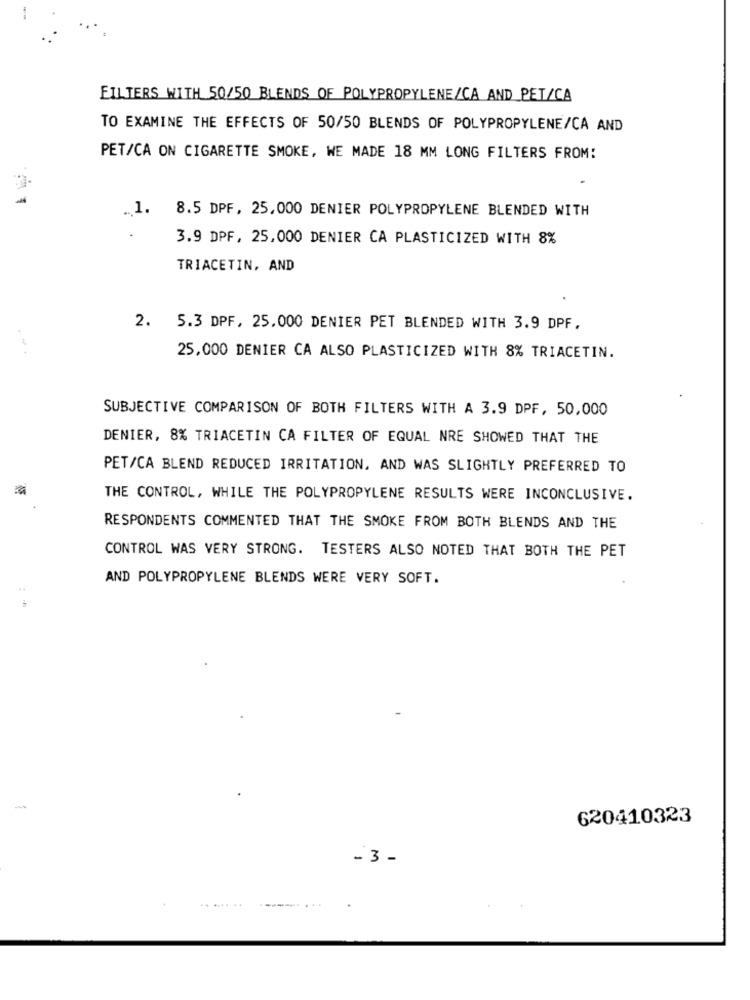
FILTERS WITH 50/50 BLENDS OF POLYPROPYLENE/CA AND PET/CA
TO EXAMINE THE EFFECTS OF 50/50 BLENDS OF POLYPROPYLENE/CA AND
PET/CA ON CIGARETTE SMOKE, WE MADE 18 MM LONG FILTERS FROM:
.. 1.
8.5 DPF, 25,000 DENIER POLYPROPYLENE BLENDED WITH
3.9 DPF, 25,000 DENIER CA PLASTICIZED WITH 8%
TRIACETIN, AND
2.
5.3 DPF, 25.000 DENIER PET BLENDED WITH 3.9 DPF,
...
25,000 DENIER CA ALSO PLASTICIZED WITH 8% TRIACETIN.
SUBJECTIVE COMPARISON OF BOTH FILTERS WITH A 3.9 DPF, 50,000
DENIER, 8% TRIACETIN CA FILTER OF EQUAL NRE SHOWED THAT THE
PET/CA BLEND REDUCED IRRITATION, AND WAS SLIGHTLY PREFERRED TO
THE CONTROL, WHILE THE POLYPROPYLENE RESULTS WERE INCONCLUSIVE.
RESPONDENTS COMMENTED THAT THE SMOKE FROM BOTH BLENDS AND THE
CONTROL WAS VERY STRONG. TESTERS ALSO NOTED THAT BOTH THE PET
AND POLYPROPYLENE BLENDS WERE VERY SOFT.
620410323
- 3 -